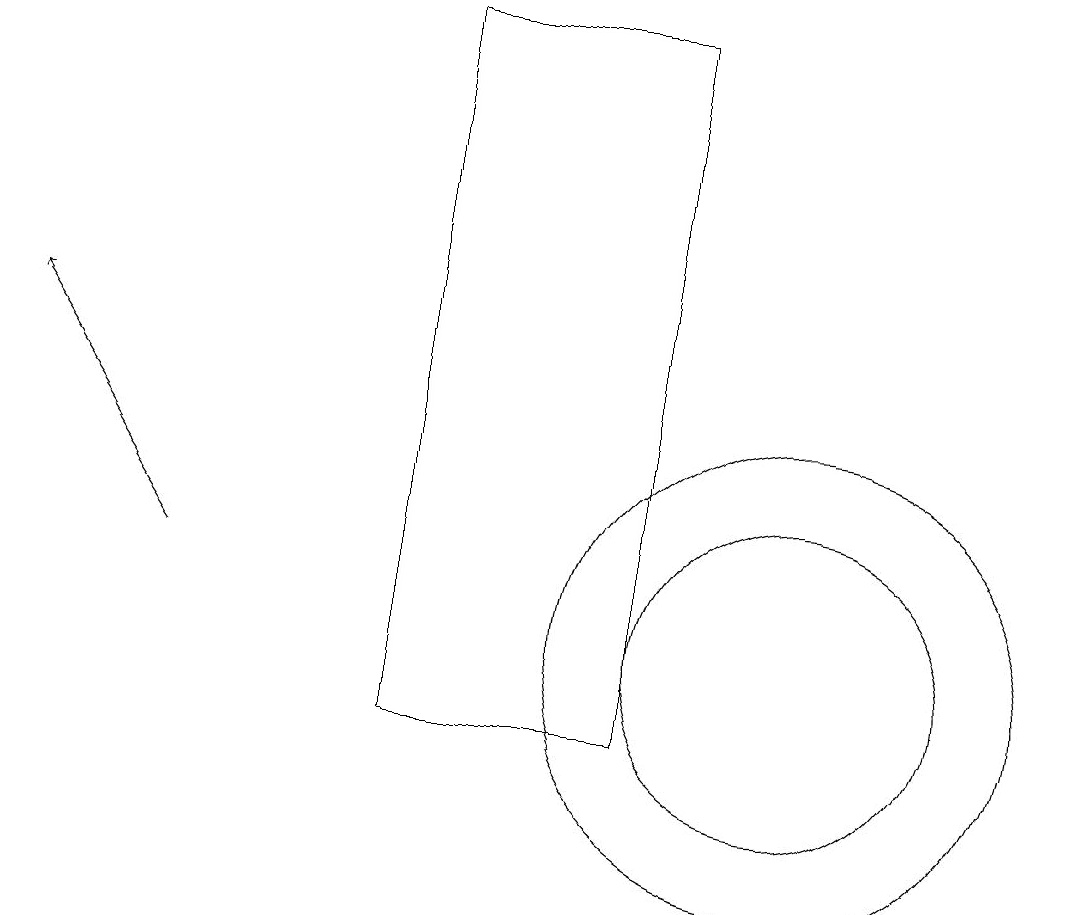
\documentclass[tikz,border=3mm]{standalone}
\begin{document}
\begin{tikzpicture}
\draw (11,11) circle (2);
\draw (6,19) rectangle (9,10);
\draw[->] (3,12) -- (1,15);
\draw (11,11) circle (3);
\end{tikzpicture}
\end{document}